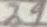
Text: 29